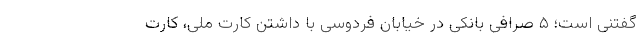
گفتنی است؛ ۵ صرافی بانکی در خیابان فردوسی با داشتن کارت ملی، کارت